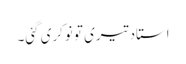
استاد تیری تو نوکری گئی۔